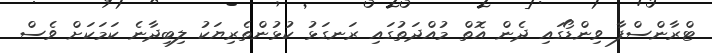
ޓްރާންސްފާ ވިންޑޯގައި ދެން އޮތް މުއްދަތުގައި ރަނގަޅު ކުޅުންތެރިޔަކު ލިބިދާނެ ކަމަކަށް ވެސް